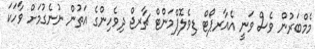
މެމްބަރުން ވެސް ވަނީ އެއާރޕޯޓް ޑިވެލޮޕްމަންޓް ޗާރޖް ދިވެހިންގެ އަތުން ނުނެގުމަށް ވާހަކަ